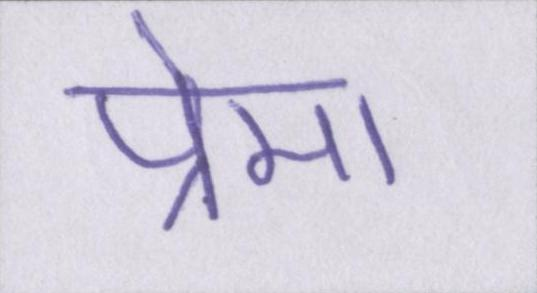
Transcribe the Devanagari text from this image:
प्रेमा